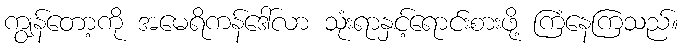
ကျွန်တော့ကို အမေရိကန်ဒေါ်လာ သုံးရာနှင့်ရောင်းစားဖို့ ကြံနေကြသည်။